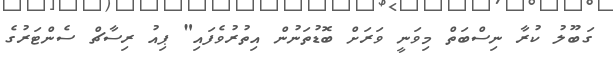
ގަބޫލު ކުރާ ނިސްބަތް މިވަނީ ވަރަށް ބޮޑުތަނުން އިތުރުވެފައި" ޕިއު ރިސާޗް ސެންޓަރުގެ